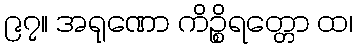
၉၇။ အရုဏော ကိဉ္စိရတ္တော ထ၊